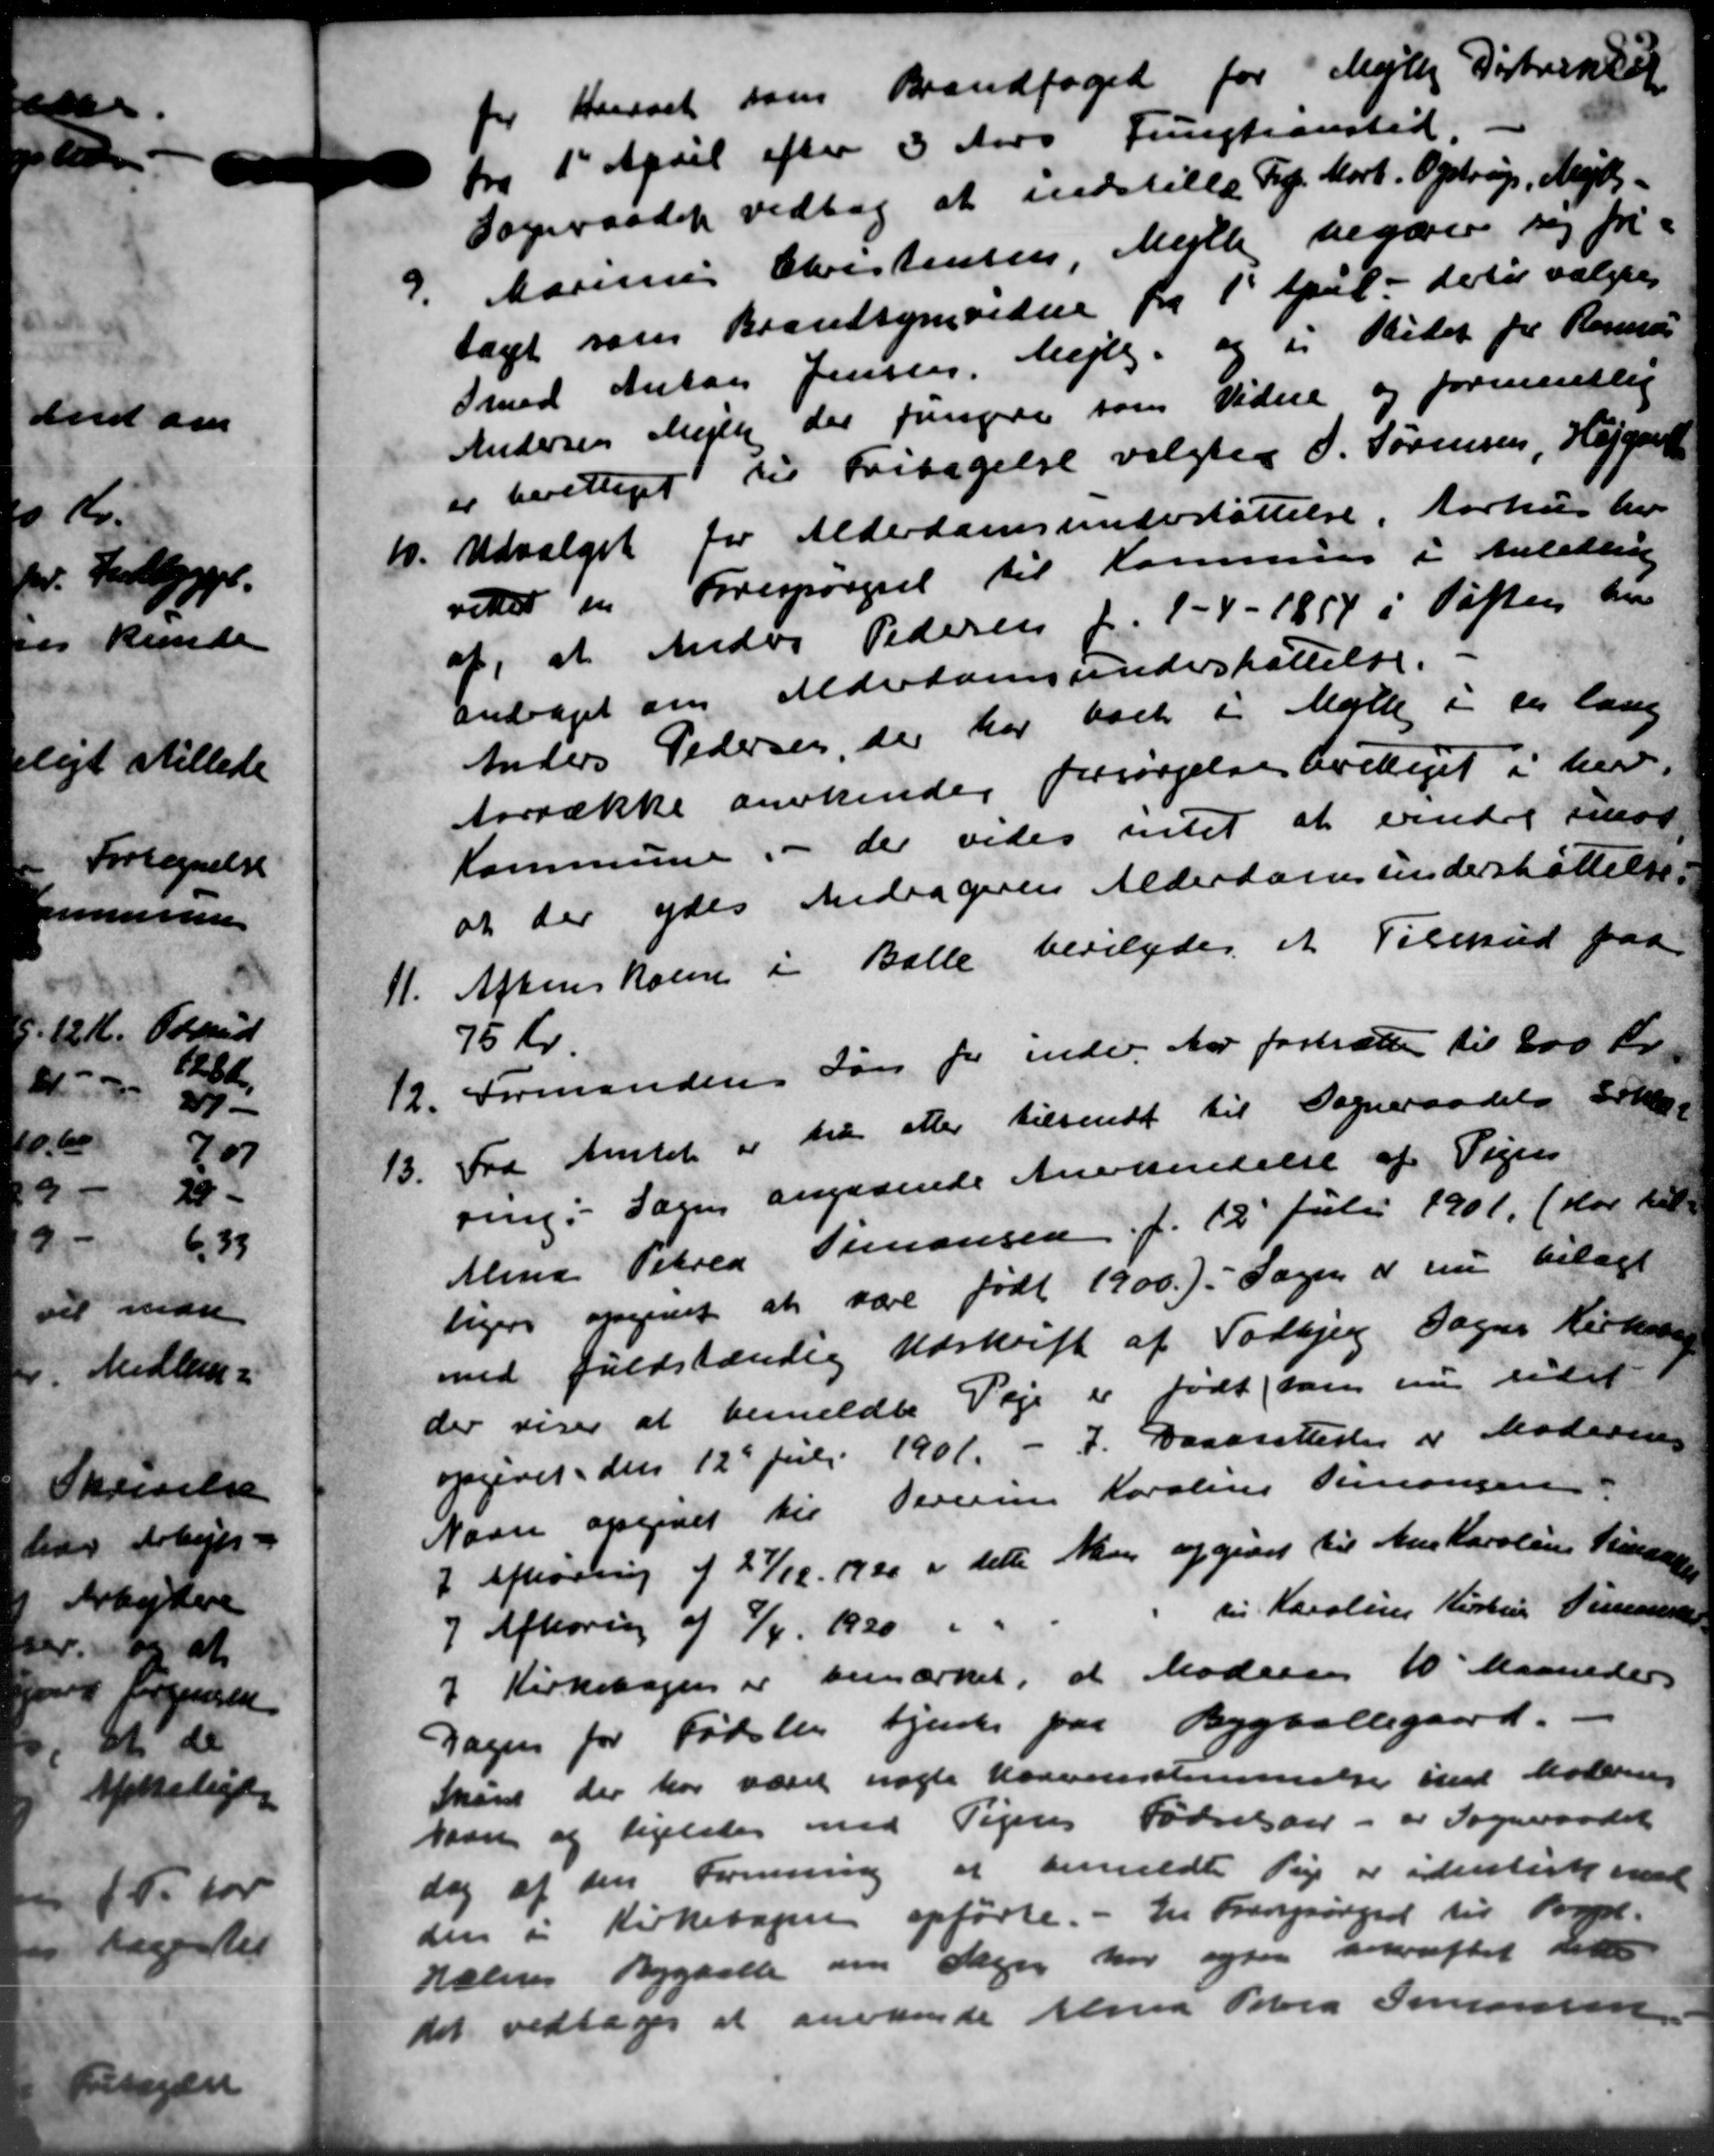
Transskription:
for Hanset som Brandfoged for Mejlby Distrikter
Fra 1' April efter 3 Aars Fungtionstid
Sogneraadet vedtog at indstille Frk. Mort. Opstrup, Mejlby-
9. Marinus Christensen Mejlby begærere sig fri-
9. Marinus Christensen Mejlby begærere sig fri-
tagt som Brandsynsvidere fra 1' April - de til valgtes
Smed Anton Jensen, Mejlby og i Stedet for Rasmus
Andersen Mejlby der fungere som Videre og formentlig
er berettiget til Fritagelse valgtes P. Sørensen, Hejgard
10.
Udvalget for Alderdomsunderstøttelse, Aarhus hv
vitter en Forespørgsel til Kommune i Anledning
af, at Anders Pedersen f. 1 - 4 - 1854 i Tøften her
andraget om Alderdomsunderstøttelse. -
Anders Pedersen, der har boet i Mølle i den lang
Aarrække anerkende forsørgelse beretiget i her.
Kommune, der vedes intet at erindre For
at der ydes Andragerens Alderdomsunderstøttelse.
11.
Aftenskolen i Balle bevilgedes et Tilskud paa
75 Kr.
12. Formandens Løn for indev. Aar fastsætte til 200 Kr.
12. Formandens Løn for indev. Aar fastsætte til 200 Kr.
13.
Fra Amtet er til efter tilsendt til Sogneraadets Erkl
ring. Sagen angaaende Anerkendelse af Vejen
Mine Petrea Simonsen f. 12 Julii 1901. (Har til-
ligere opgivet at være født 1900). Sagen er nu bilagt
ved fuldstændig Udskrift af Todbjerg Sogns Kirkens
der viser at bemeldte Veje er født som nu sidst
opgivet den 12 Juli 1901. - 7. Daabsattester i Moderens
Navn opgjort til Serum Karoline Simonsen
I Afhøring af 27/11 1920 i dette Man opgivet til Ane Karolins Hansen
7 Afhøring af 7/4 1920 " "
til Karoline Kirke Timen
I Kirkebogen er bemærket, at Modersen 10 Maaneder
Dagen for Fødslen tjente paa Bygballegaard. -
Skåne der har været nogle Karensstemmelse ind Modering
han og ligeledes med Pigens Fødselsaar - er Sogneraadet
dag af den Forening at bemeldt Pige er identisk med
den i Kirkebøger opførte. - En Franspørgsel til Byg-
holms Bygballe om den har ogsaa bekræftet det
det vedtoges at anvende Alma Petra Simonsen